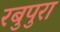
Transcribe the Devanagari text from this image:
रबुपुरा